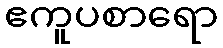
ဧကူပစာရော